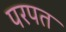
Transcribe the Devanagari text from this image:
परपत